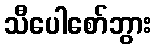
သီပေါစော်ဘွား